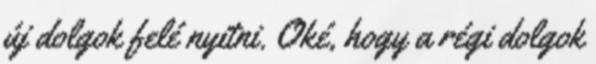
új dolgok felé nyitni. Oké, hogy a régi dolgok